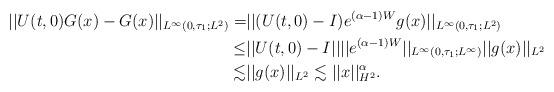
LaTeX: \begin{align*}||U(t,0)G(x)-G(x)||_{L^{\infty}(0,\tau_1;L^2)} = & ||(U(t,0)-I)e^{(\alpha-1)W}g(x)||_{L^{\infty}(0,\tau_1;L^2)} \\\le & ||U(t,0)-I||||e^{(\alpha-1)W}||_{L^{\infty}(0,\tau_1;L^{\infty})}||g(x)||_{L^2} \\\lesssim & ||g(x)||_{L^2} \lesssim ||x||_{H^2}^{\alpha}.\end{align*}